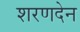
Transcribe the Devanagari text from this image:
शरणदेन